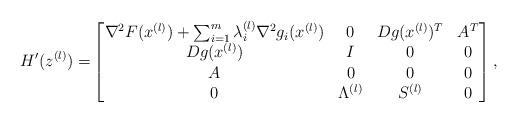
LaTeX: \begin{align*}H'(z^{(l)})=&\begin{bmatrix}\nabla^2 F(x^{(l)}) + \sum_{i = 1}^m \lambda_i^{(l)}\nabla^2 g_i(x^{(l)}) & 0&Dg(x^{(l)})^T & A^T \\ Dg(x^{(l)}) & I&0& 0 \\ A & 0 & 0&0\\0&\Lambda^{(l)}&S^{(l)}&0\end{bmatrix},\end{align*}